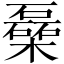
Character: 𰘾